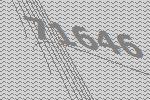
71646